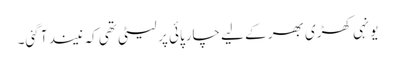
یونہی کھڑی بھر کے لیے چارپائی پر لیٹی تھی کہ نیند آ گئی۔